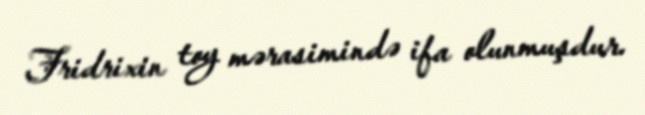
Fridrixin toy mərasimində ifa olunmuşdur.